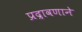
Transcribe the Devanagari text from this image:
प्रद्रावणाने